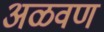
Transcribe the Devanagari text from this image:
अळवण